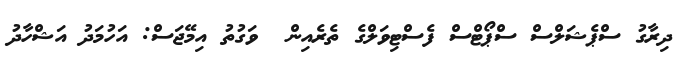
ދިރާގު ސްޕެޝަލްސް ސްޕޯޓްސް ފެސްޓިވަލްގެ ތެރެއިން  ވަގުތު އިމޭޖަސް: އަހުމަދު އަޝްހާދު